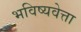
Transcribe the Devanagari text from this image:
भविष्यवेत्ता